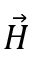
\vec { H }